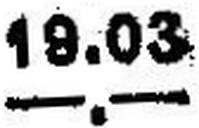
—.—